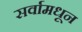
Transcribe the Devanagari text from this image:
सर्वामधून